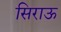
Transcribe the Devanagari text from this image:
सिराऊ